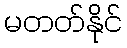
မတတ်နိုင်